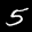
Label: 5